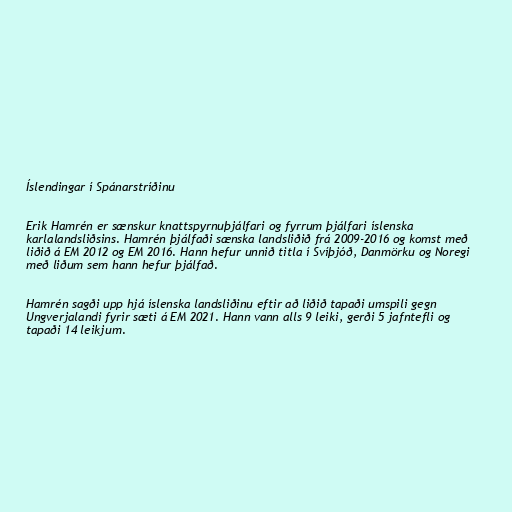
Íslendingar í Spánarstríðinu

Erik Hamrén er sænskur knattspyrnuþjálfari og fyrrum þjálfari íslenska
karlalandsliðsins. Hamrén þjálfaði sænska landsliðið frá 2009-2016 og komst með
liðið á EM 2012 og EM 2016. Hann hefur unnið titla í Svíþjóð, Danmörku og Noregi
með liðum sem hann hefur þjálfað.

Hamrén sagði upp hjá íslenska landsliðinu eftir að liðið tapaði umspili gegn
Ungverjalandi fyrir sæti á EM 2021. Hann vann alls 9 leiki, gerði 5 jafntefli og
tapaði 14 leikjum.